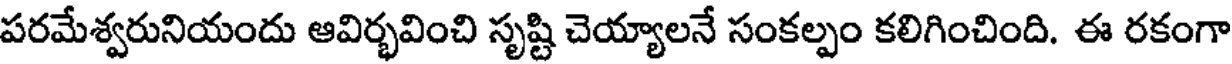
పరమేశ్వరునియందు ఆవిర్భవించి సృష్టి చెయ్యాలనే సంకల్పం కలిగించింది. ఈ రకంగా